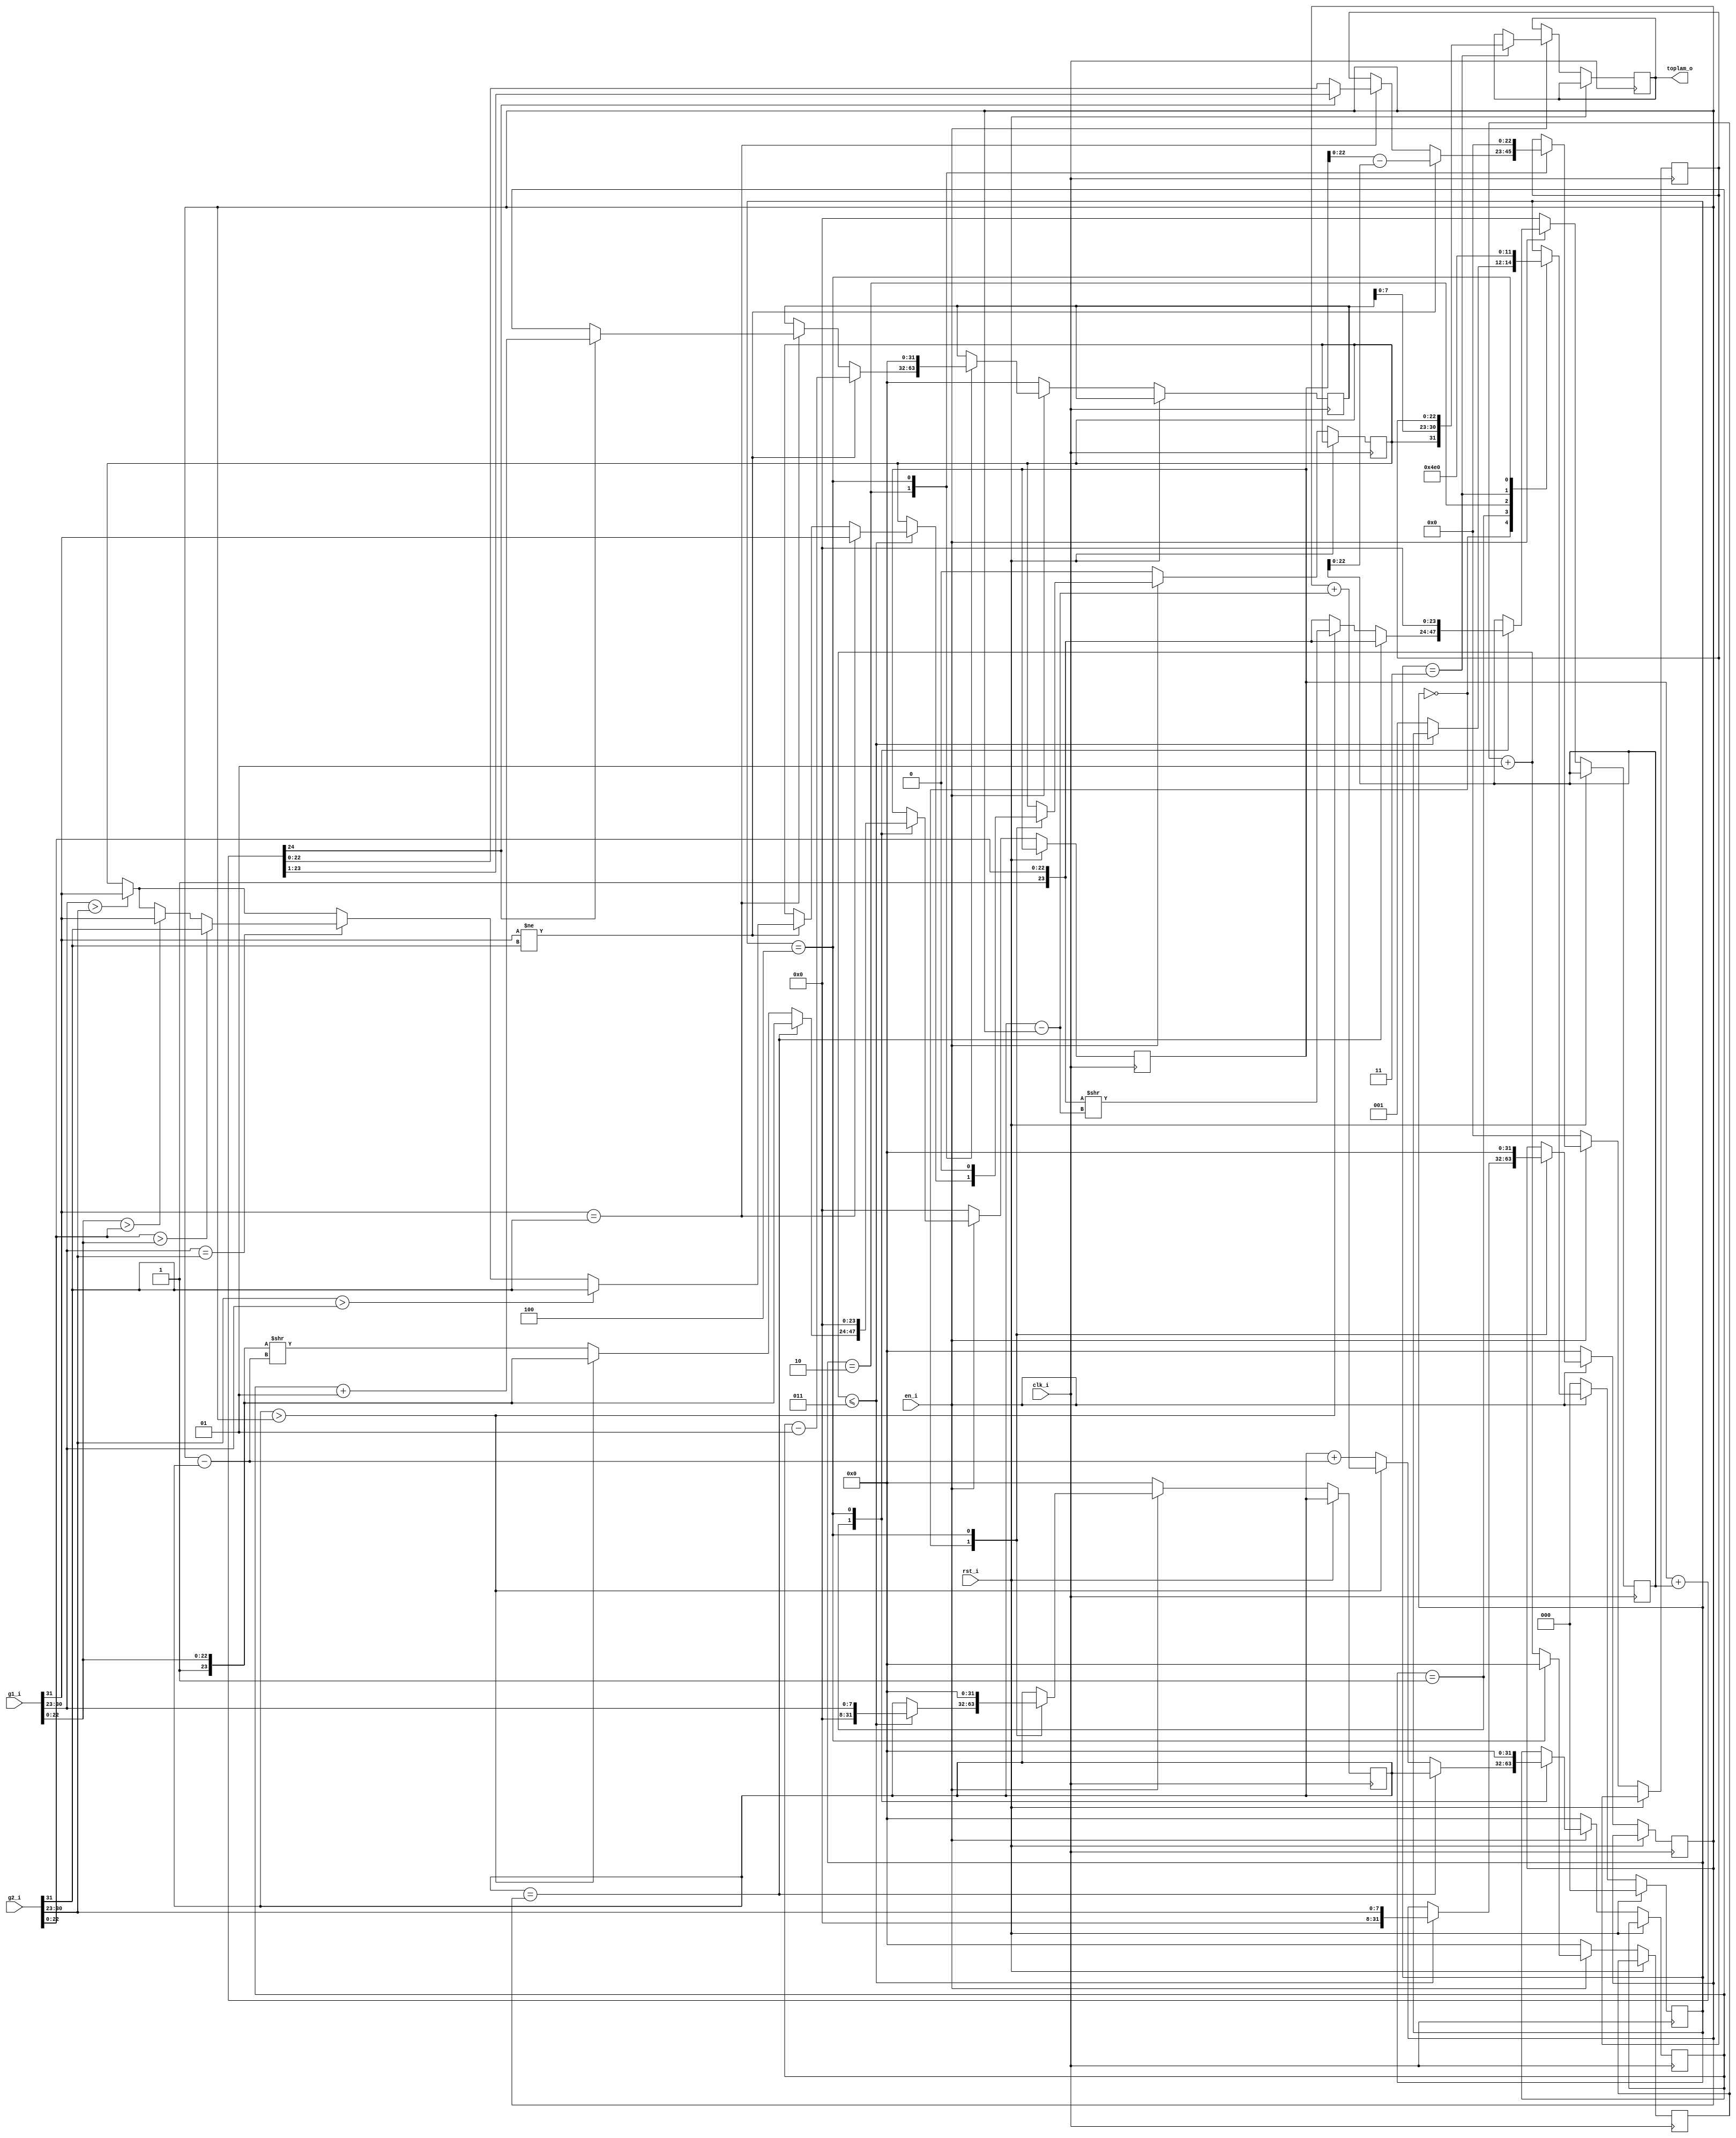
`timescale 1ns / 1ps

module fp_topla#(parameter b=32, e=8, m=23)(
    
    input clk_i,rst_i,en_i,
    input [b-1:0] g1_i,g2_i,
    output [b-1:0] toplam_o);
    
    
    reg [m+1:0] B; 
    reg [m:0] C;               
    reg t_sign;                      
    reg [m:0] Nxm;
    reg [m:0] Nym;
    reg [b-1:0] x,y;
    integer ex_x,ex_y;
    reg [b-2:m] sonus;
    reg[m-1:0] sonmantis;
    reg [b-1:0] Ntoplam;
    integer Nus;
    integer tpsus;
    reg [2:0] durum = 3'b000;
    integer uscikarmax=0;
    integer uscikarmay=0;
    wire [m:0] x_mantissa = {1'b1,g1_i[m-1:0]};
    wire [m:0] y_mantissa = {1'b1,g2_i[m-1:0]};
    integer sayac= 0;
    reg [b-1:0]sonuc;
    
    assign toplam_o = sonuc;
    
    
    always @(posedge(clk_i))begin
        if(rst_i)begin
            durum = 2'b00;
            x=32'd0;
            y=32'd0;
        end
        else begin
            if(en_i == 1) begin
                sayac = sayac + 1;
                case(durum)
                    0:begin //saylar karlatrlarak sign bitine karar verilir
                       if(sayac<=3)begin    
                           x=g1_i;
                           y=g2_i;
                           ex_x=x[b-2:m];
                           ex_y=y[b-2:m];
                            if(x[b-1]== y[b-1])begin
                                t_sign = x[b-1];
                            end
                            else if(x[b-1]!=y[b-1]) begin
                                if(x[b-2:m] > y[b-2:m])begin
                                    t_sign = x[b-1];
                                end 
                                if(y[b-2:m] > x[b-2:m])begin
                                    t_sign = y[b-1];
                                end
                                else if(x[b-2:m] == y[b-2:m])begin
                                    if(x[m-1:0]>y[m-1:0])begin
                                        t_sign = x[b-1];
                                    end
                                    if(y[m-1:0]>x[m-1:0])begin
                                        t_sign = y[b-1];
                                    end
                                end
                            end
                        end else begin
                            durum=1;
                        end
                    end
                    1:begin  //sler karlatrlarak mantissalar ayarlanr
                       x=g1_i;
                       y=g2_i;
                        if(ex_x==ex_y)begin
                            Nus=ex_x; 
                            Nym[m:0] = y_mantissa;
                            Nxm[m:0] = x_mantissa;    
                        end
                        else if(ex_x>ex_y)begin
                                uscikarmax=ex_x-ex_y;
                                Nus = ex_y+ uscikarmax;
                                Nym[m:0] = y_mantissa >> uscikarmax; 
                                Nxm[m:0] = x_mantissa;
                                
                        end
                        else begin
                                uscikarmay=ex_y-ex_x;
                                Nus = ex_x+ uscikarmay;
                                Nxm[m:0] = x_mantissa >> uscikarmay;
                                Nym[m:0] = y_mantissa;
                              
                                
                        end
                        durum = 2;
                        
                    end 
                    2:begin // mantissalar toplanp toplam mantis bulunur ve s kaydrlr
                       x=g1_i;
                       y=g2_i;       
                        if(x[b-1]==y[b-1])begin
                                B=Nxm[m:0]+Nym[m:0];
                                if(B==B[m+1:0])begin
                                    sonmantis = B[m:1];
                                    tpsus = Nus + 1;  
                                end
                                if(B==B[m:0])begin
                                    sonmantis = B[m:0];
                                    tpsus =Nus; 
                                end
                        end         
                            durum=3;
                        if(x[b-1]!=y[b-1])begin   // kartma algoritmas olduu iin almyor
                                C=Nxm[m:0]-Nym[m:0];
                                if(C==C[m:0])begin
                                    sonmantis = C[m-1:0];
                                    tpsus =Nus-1; 
                                end
                        end
                        durum=3;          
                    end
                    3:begin  //sonuc aktarlr.
                       x=g1_i;
                       y=g2_i;
                       sonuc = {t_sign,tpsus[e-1:0],sonmantis[m-1:0]};  
                       durum = 4;
                    end   
                    4:begin 
                        x = 0;
                        y = 0;
                        ex_x = 0;
                        ex_y = 0;
                        uscikarmax = 0;
                        uscikarmay = 0;
                        Nus = 0;
                        Ntoplam = 0;
                        sonmantis = 0;
                        B = 0;
                        C = 0;
                        Nxm = 0;
                        Nym = 0;
                        sonus = 0;
                        t_sign = 0;
                        tpsus = 0;
                        durum = 0;
                        sayac = 0;
                    end
                   
                endcase
            end else begin
                x = 0;
                y = 0;
                ex_x = 0;
                ex_y = 0;
                uscikarmax = 0;
                uscikarmay = 0;
                Nus = 0;
                Ntoplam = 0;
                sonmantis = 0;
                B = 0;
                C = 0;
                Nxm = 0;
                Nym = 0;
                sonus = 0;
                t_sign = 0;
                tpsus = 0;
                durum = 0;
                sayac = 0;
            end
        end
    end
endmodule